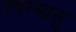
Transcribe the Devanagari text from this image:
तदस्मासु